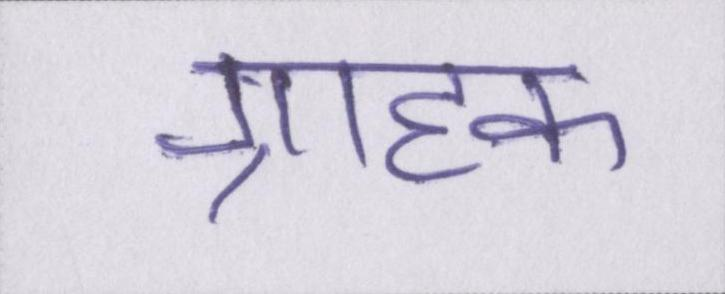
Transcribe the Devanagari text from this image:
ग्राहक